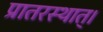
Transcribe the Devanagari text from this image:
प्रातरस्थात्।